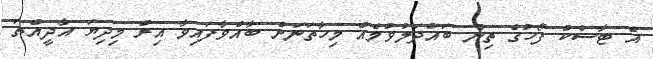
އެ ޓާސްކު ފޯހުގެ ތިން ބައްދަލުވުމެއް މިހާތަނަށް ބާއްވާފައިވާ އިރު މިދިޔަ އާދީއްތަ